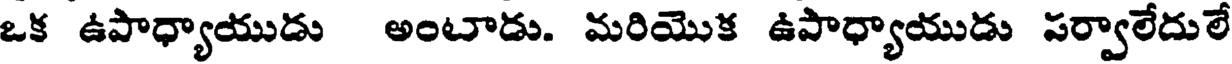
ఒక ఉపాధ్యాయుడు అంటాడు. మరియొక ఉపాధ్యాయుడు పర్వాలేదులే